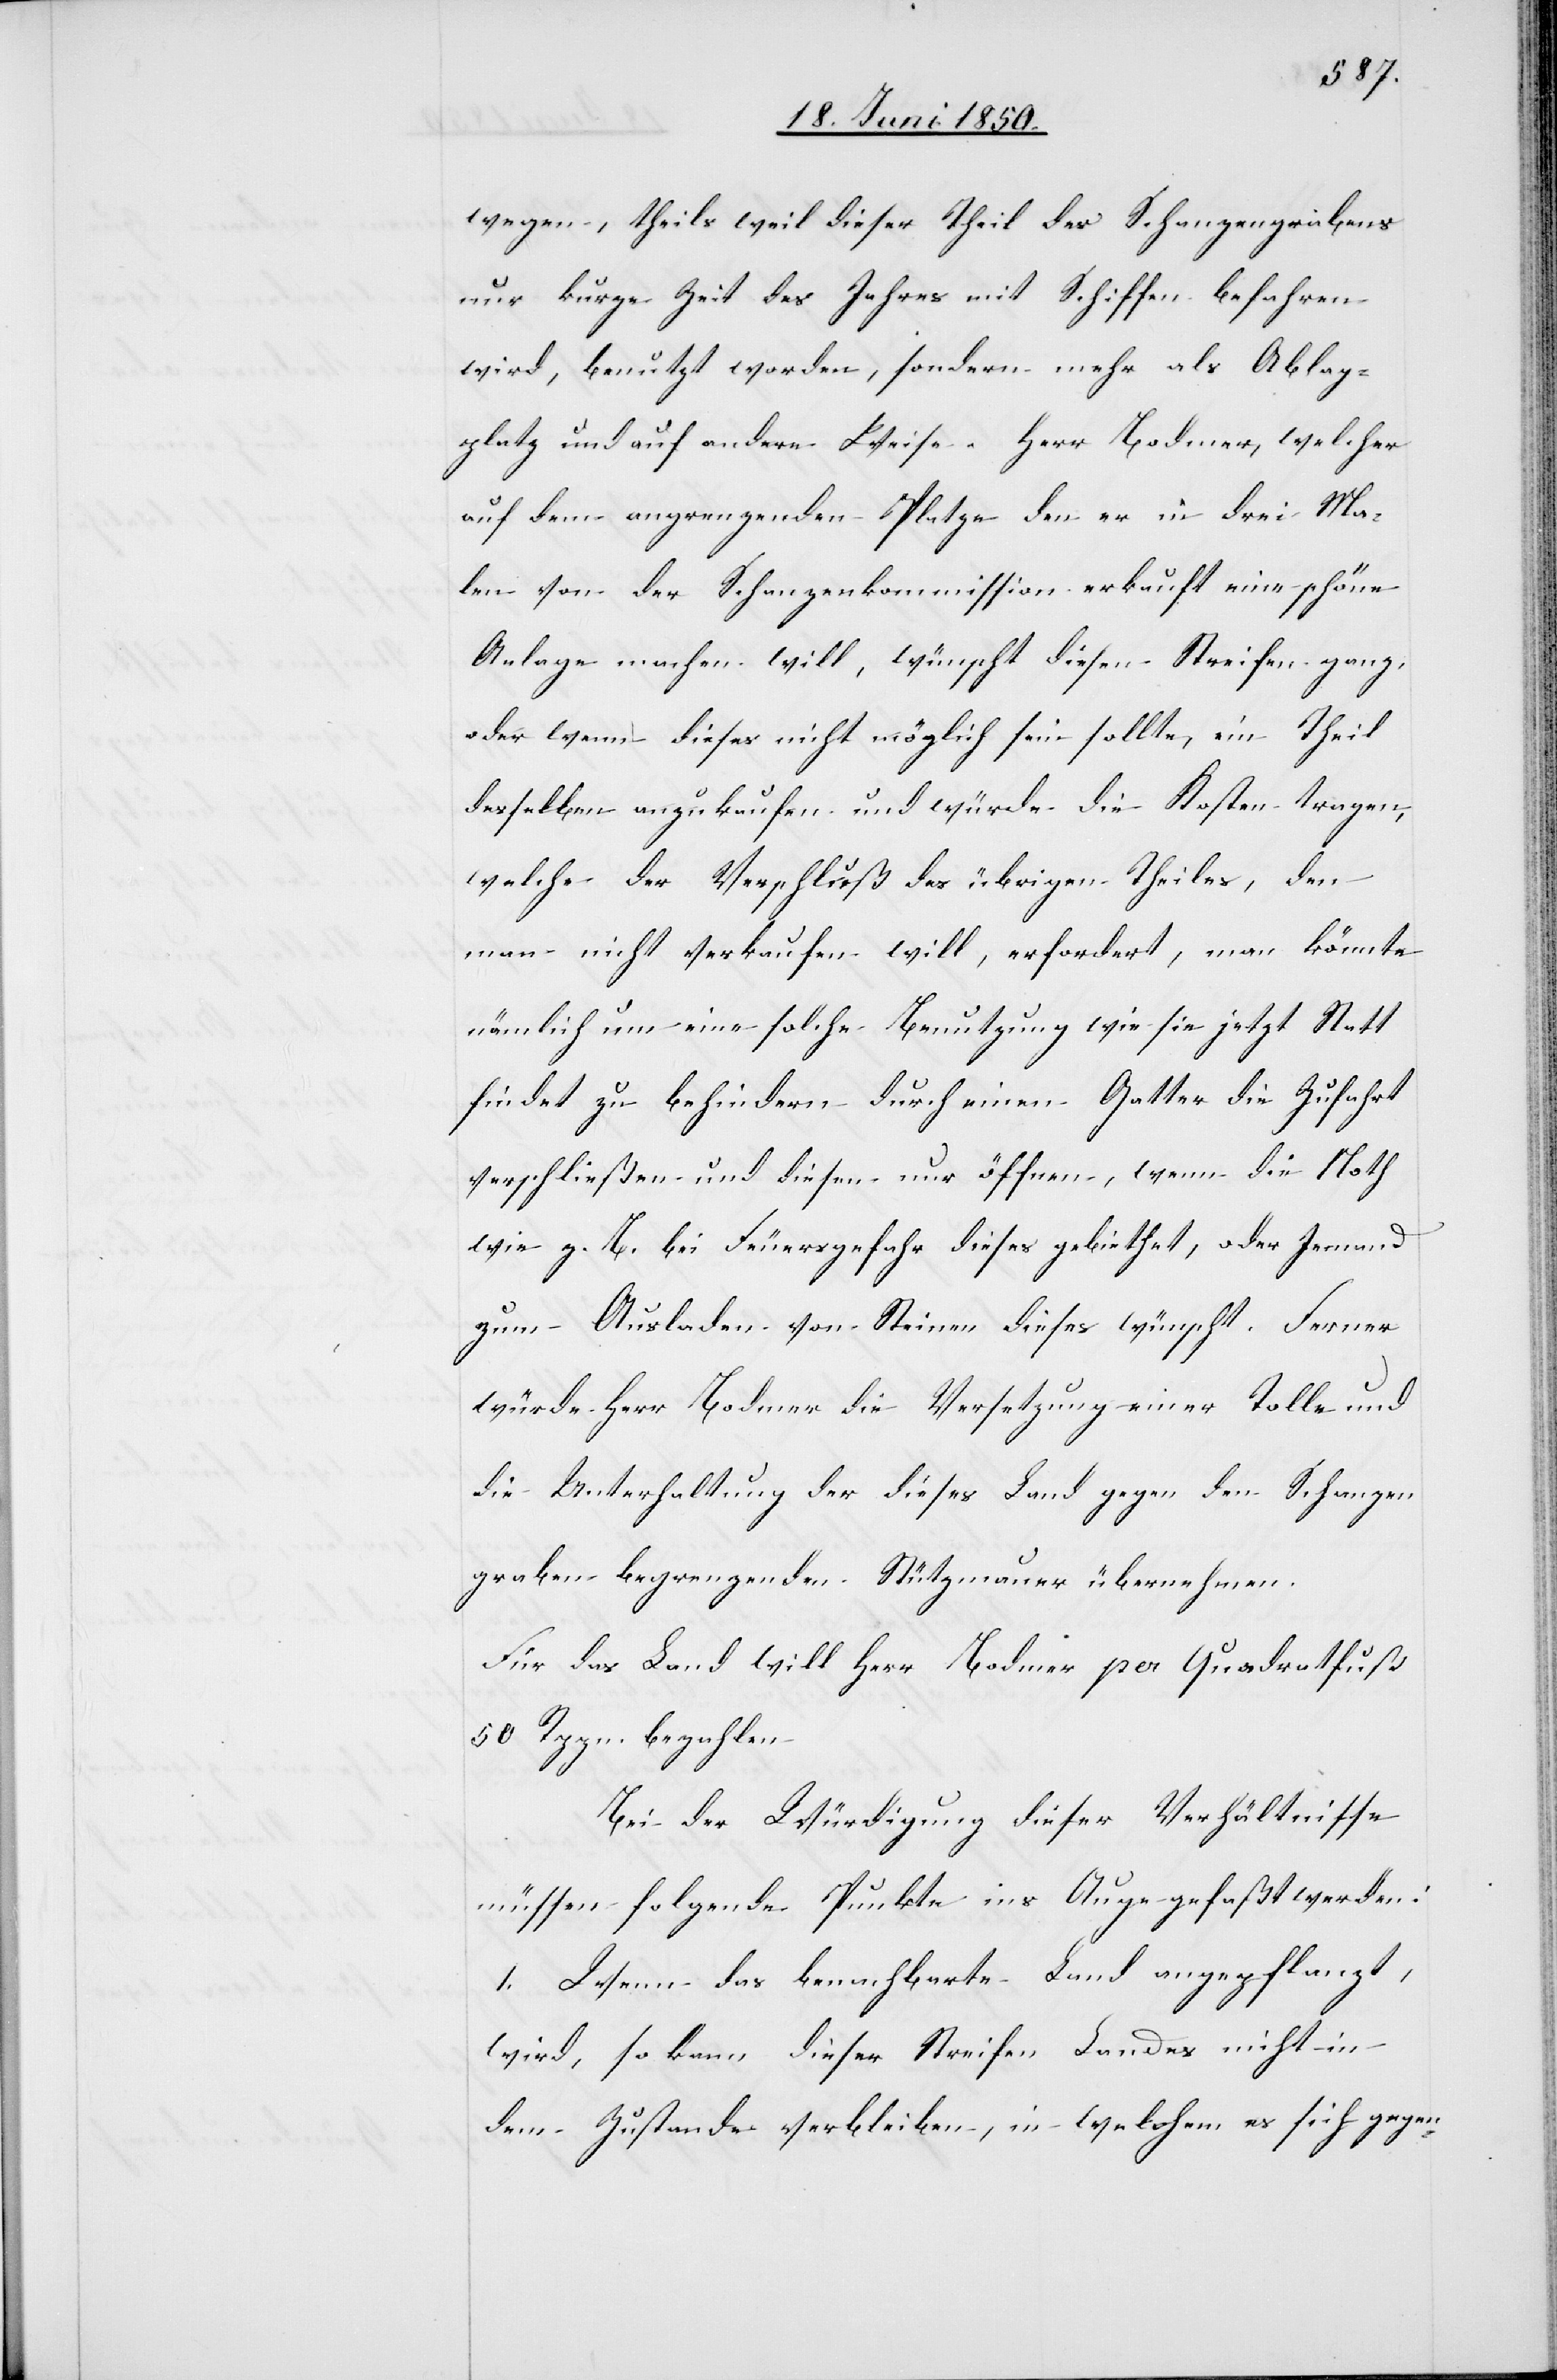
wegen, theils weil dieser Theil des Schanzengrabens
nur kurze Zeit des Jahres mit Schiffen befahren
wird, benutzt worden, sondern mehr als Ablag¬
platz und auf andere Weise. Herr Bodmer, welcher
auf dem angrenzenden Platze den er in drei Ma¬
len von der Schanzenkommission erkauft eine schöne
Anlage machen will, wünscht diesen Streifen ganz,
oder wenn dieses nicht möglich sein sollte, ein Theil
desselben anzukaufen und würde die Kosten tragen,
welche der Verschluß des übrigen Theiles, den
man nicht verkaufen will, erfordert, man könnte
nämlich um eine solche Benutzung wie sie jetzt Statt
findet zu behindern durch einen Gatter die Zufahrt
verschließen und diesen nur öffnen, wenn die Noth
wie z. B. bei Feuersgefahr dieses gebiethet, oder Jemand
zum Ausladen von Steinen dieses wünscht. Ferner
würde Herr Bodmer die Versetzung einer Tolle und
die Unterhaltung der dieses Land gegen den Schanzen¬
graben begrenzenden Stützmauer übernehmen.
Für das Land will Herr Bodmer per Quadratfuß
50 Rppn. bezahlen.
Bei der Würdigung dieser Verhältnisse
müssen folgende Punkte ins Auge gefaßt werden:
1. Wenn das benachbarte Land angepflanzt,
wird, so kann dieser Streifen Landes nicht in
dem Zustande verbleiben, in welchem es sich gegen-